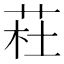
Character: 荰